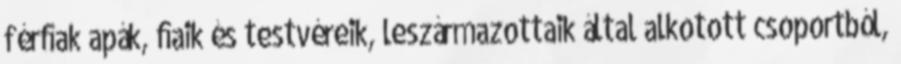
férﬁak apák, ﬁaik és testvéreik, leszármazottaik által alkotott csoportból,